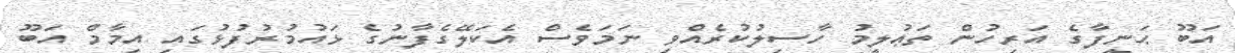
އަބޫ ޙަނީފާގެ އަރިހުން ތަޢުލީމު ހާސިލުކުރެއްވި ނަމަވެސް އެކަލޭގެފާނުގެ ޅައުމުރުފުޅުގައި އިމާމް އަބޫ